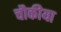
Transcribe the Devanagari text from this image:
चौकीया